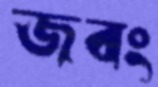
জবং